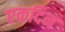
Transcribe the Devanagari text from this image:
एकदिन